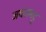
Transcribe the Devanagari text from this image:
जयंतभट्ट